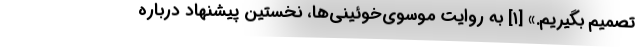
تصمیم بگیریم.» [۱] به روایت موسوی‌خوئینی‌ها، نخستین پیشنهاد درباره